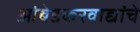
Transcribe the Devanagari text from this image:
आंबेडकरवाद्यांचे